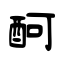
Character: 酠